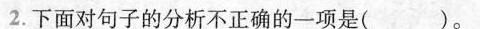
2.下面对句子的分析不正确的一项是( )。